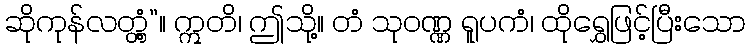
ဆိုကုန်လတ္တံ့”။ ဣတိ၊ ဤသို့။ တံ သုဝဏ္ဏ ရူပကံ၊ ထိုရွှေဖြင့်ပြီးသော